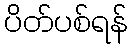
ပိတ်ပစ်ရန်